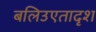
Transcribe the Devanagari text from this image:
बलिउएतादृश